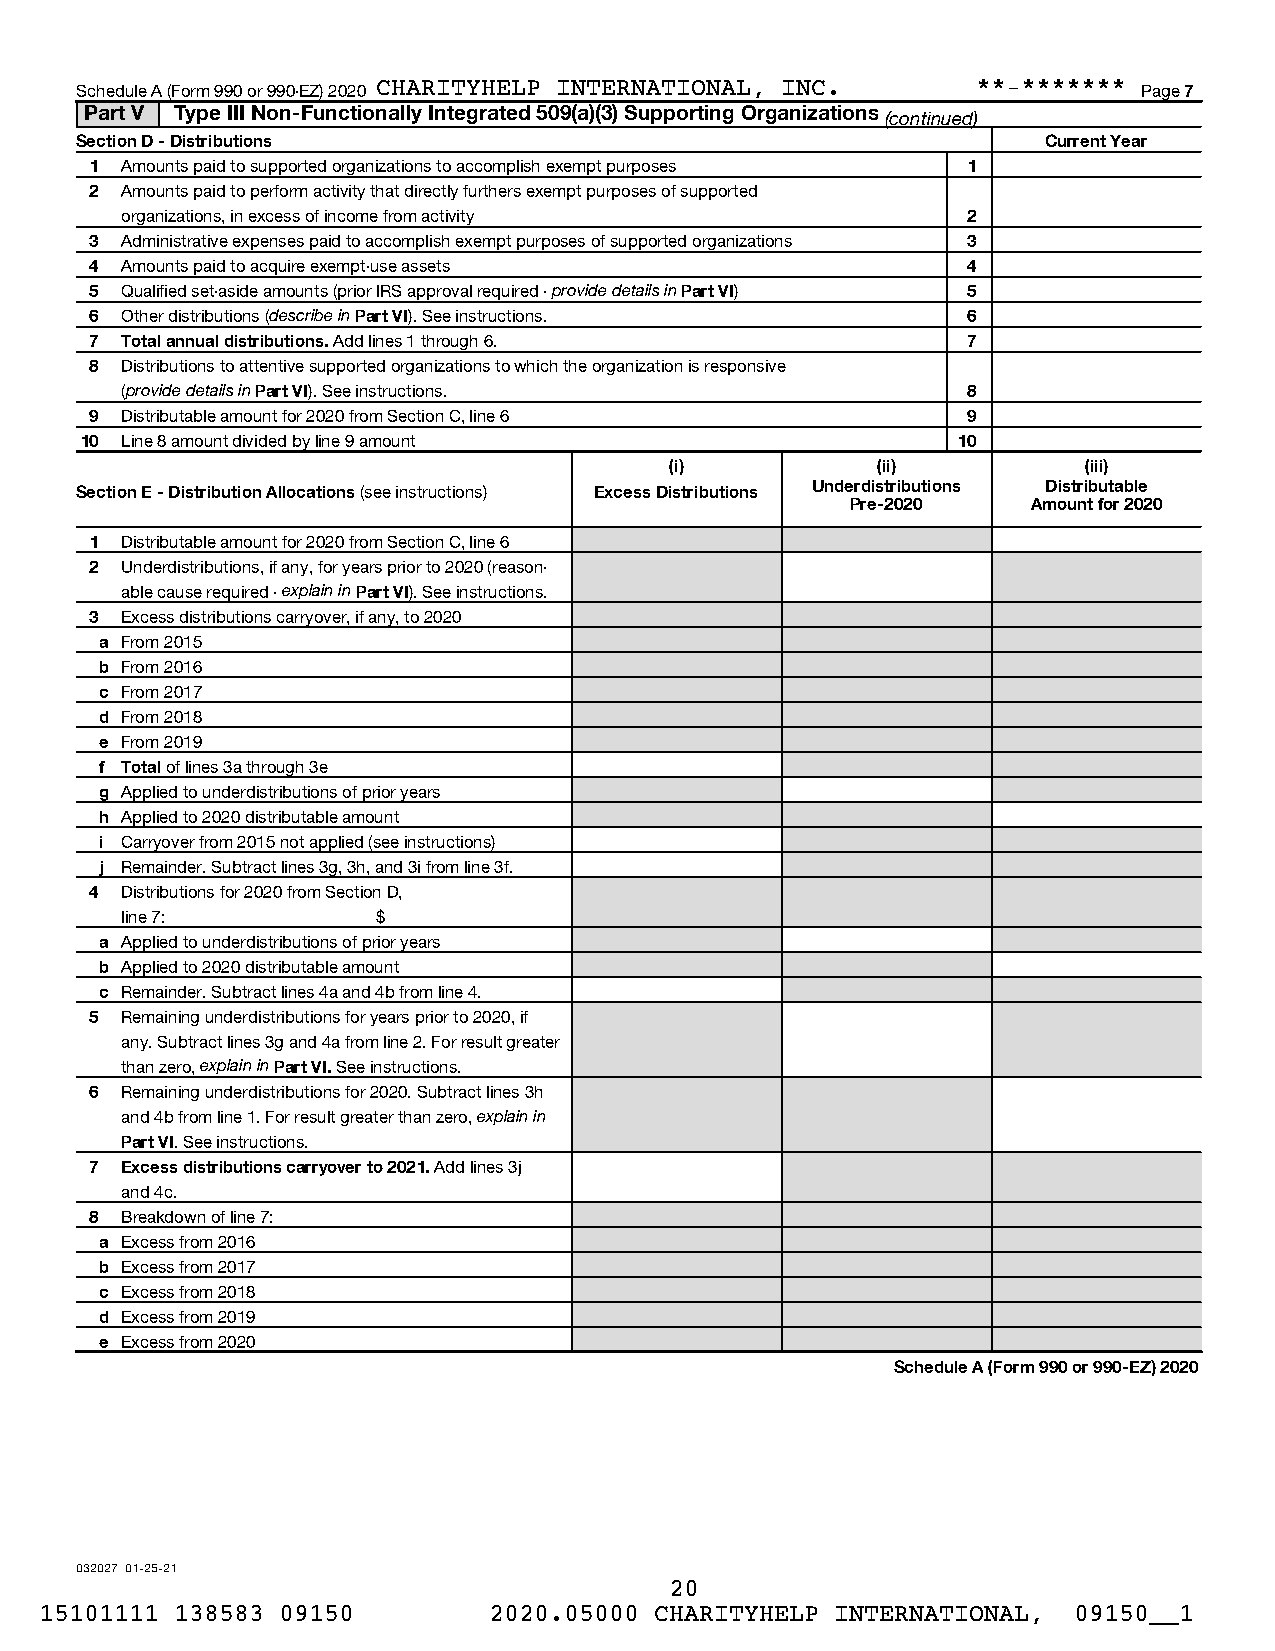
Schedule A (Form 990 or 990-EZ) 2020 CHARITYHELP INTERNATIONAL, INC. **-******* Page 7
 Part V Type III Non-Functionally Integrated 509(a)(3) Supporting Organizations
 (continued)
 Section D - Distributions                                       Current Year
 1 Amounts paid to supported organizations to accomplish exempt purposes 1
 2 Amounts paid to perform activity that directly furthers exempt purposes of supported
 organizations, in excess of income from activity        2
 3 Administrative expenses paid to accomplish exempt purposes of supported organizations 3
 4 Amounts paid to acquire exempt-use assets               4
 5 Qualified set-aside amounts (prior IRS approval required - provide details in Part VI) 5
 6 Other distributions (describe in Part VI). See instructions. 6
 7 Total annual distributions. Add lines 1 through 6.      7
 8 Distributions to attentive supported organizations to which the organization is responsive
 (provide details in Part VI). See instructions.         8
 9 Distributable amount for 2020 from Section C, line 6    9
 10 Line 8 amount divided by line 9 amount                 10
 (i)           (ii)          (iii)
 Section E - Distribution Allocations (see instructions) Excess Distributions Underdistributions Distributable
 Pre-2020    Amount for 2020
 1 Distributable amount for 2020 from Section C, line 6
 2 Underdistributions, if any, for years prior to 2020 (reason-
 able cause required - explain in Part VI). See instructions.
 3 Excess distributions carryover, if any, to 2020
 a From 2015
 b From 2016
 c From 2017
 d From 2018
 e From 2019
 f Total of lines 3a through 3e
 g Applied to underdistributions of prior years
 h Applied to 2020 distributable amount
 i Carryover from 2015 not applied (see instructions)
 j Remainder. Subtract lines 3g, 3h, and 3i from line 3f.
 4 Distributions for 2020 from Section D,
 line 7:          $
 a Applied to underdistributions of prior years
 b Applied to 2020 distributable amount
 c Remainder. Subtract lines 4a and 4b from line 4.
 5 Remaining underdistributions for years prior to 2020, if
 any. Subtract lines 3g and 4a from line 2. For result greater
 than zero, explain in Part VI. See instructions.
 6 Remaining underdistributions for 2020. Subtract lines 3h
 and 4b from line 1. For result greater than zero, explain in
 Part VI. See instructions.
 7 Excess distributions carryover to 2021. Add lines 3j
 and 4c.
 8 Breakdown of line 7:
 a Excess from 2016
 b Excess from 2017
 c Excess from 2018
 d Excess from 2019
 e Excess from 2020
 Schedule A (Form 990 or 990-EZ) 2020
 032027 01-25-21
 20
 15101111 138583 09150        2020.05000 CHARITYHELP INTERNATIONAL,  09150__1